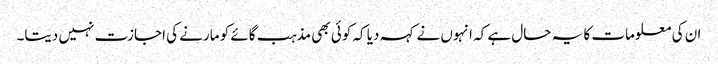
ان کی معلومات کا یہ حال ہے کہ انہوں نے کہہ دیا کہ کوئی بھی مذہب گائے کو مارنے کی اجازت نہیں دیتا۔